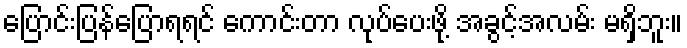
ပြောင်းပြန်ပြောရရင် ကောင်းတာ လုပ်ပေးဖို့ အခွင့်အလမ်း မရှိဘူး။